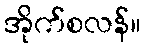
အိုက်စလန်။